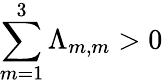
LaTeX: \sum_{m=1}^{3}\Lambda_{m,m}>0